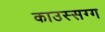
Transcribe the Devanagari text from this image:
काउस्सग्ग